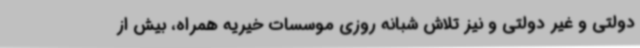
دولتی و غیر دولتی و نیز تلاش شبانه روزی موسسات خیریه همراه، بیش از